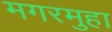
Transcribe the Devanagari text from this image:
मगरमुहा